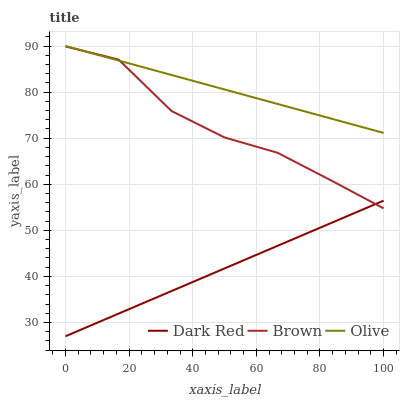
| xaxis_label | Dark Red | Brown | Olive |
 | --- | --- | --- | --- |
 | 0 | 27 | 89.9 | 90 |
 | 16.7 | 31.9 | 87.1 | 86.9 |
 | 33.3 | 36.8 | 75.9 | 83.7 |
 | 50 | 41.7 | 70.2 | 80.6 |
 | 66.7 | 46.6 | 66.8 | 77.4 |
 | 83.3 | 51.5 | 60.9 | 74.3 |
 | 100 | 56.4 | 54.8 | 71.1 |